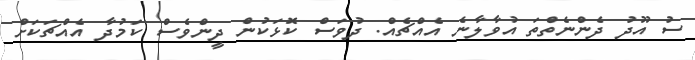
ސު އޫދު ދެންނެތްތަ އުވާލާނެ އެއްޗެއް. ދުވަސް ކޮޅަކުން ދީންވެސް ކަމުދާ އެއްޗަކަށް